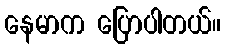
နေမာက ပြောပါတယ်။